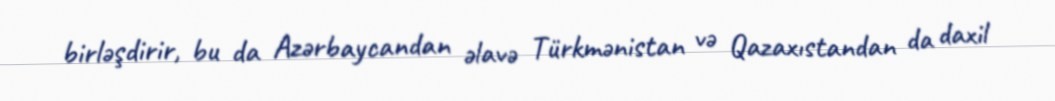
birləşdirir, bu da Azərbaycandan əlavə Türkmənistan və Qazaxıstandan da daxil